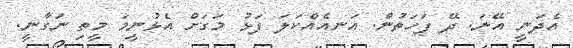
އެދަނީ އޭނަ. ދޭ ފަހަތުން. އަނއެއްކަލަ ފަޅު މަގަށް އެޅުނީމަ މީތި ނަގާނީ.